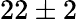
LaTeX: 22\pm 2